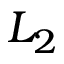
L _ { 2 }